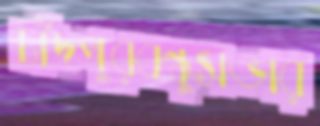
চাঁদপুরবন্ধুসভার